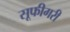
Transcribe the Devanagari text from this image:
सूफीगरी